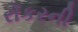
રૉકરની